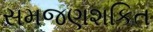
સમજણશકિત